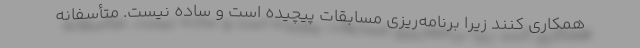
همکاری کنند زیرا برنامه‌ریزی مسابقات پیچیده است و ساده نیست. متأسفانه